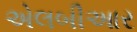
એલબીઆર